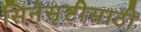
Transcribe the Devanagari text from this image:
सिनेसृष्टीसाठी